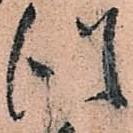
従